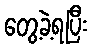
တွေ့ခဲ့ရပြီး